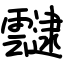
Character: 靆